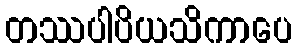
တဿပါပိယသိကာပေ